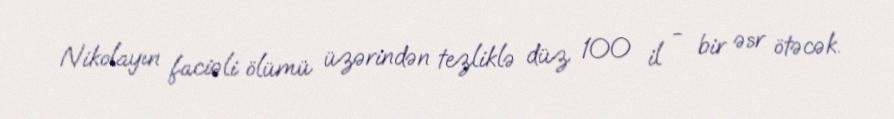
Nikolayın faciəli ölümü üzərindən tezliklə düz 100 il - bir əsr ötəcək.